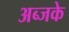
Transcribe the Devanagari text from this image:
अब्जके